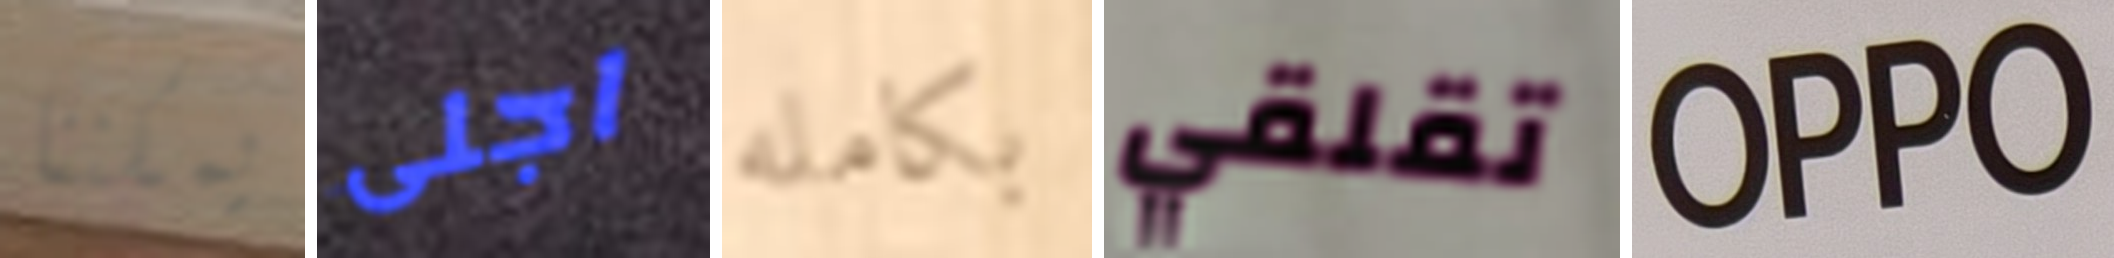
يمكننا اجلى بكامله تقلقي OPPO